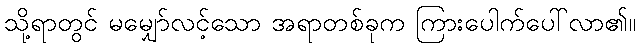
သို့ရာတွင် မမျှော်လင့်သော အရာတစ်ခုက ကြားပေါက်ပေါ်လာ၏။